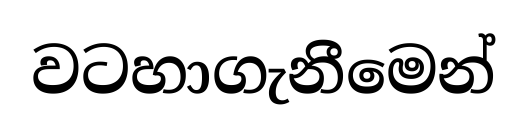
වටහාගැනීමෙන්